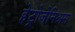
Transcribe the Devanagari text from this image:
हेट्रोजेनिअस